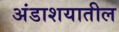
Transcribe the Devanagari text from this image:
अंडाशयातील